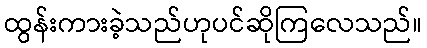
ထွန်းကားခဲ့သည်ဟုပင်ဆိုကြလေသည်။